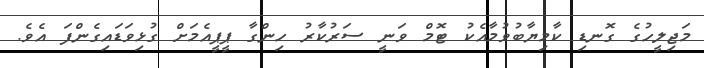
މަޖިލީހުގެ ގޮނޑި ކާމިޔާބުވުމާއެކު ޓޮމް ވަނީ ސަރުކާރު ހިންގާ ޕީޕީއެމަށް ގުޅިވަޑައިގެންފަ އެވެ.